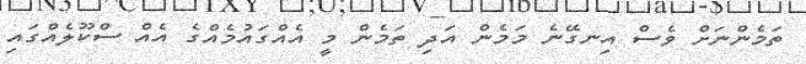
ތަމެންނަށް ވެސް އިނގޭނެ މަމެން އަދި ތަމެން މީ އެއްގައުމެއްގެ އެއް ސްކޫލެއްގައި